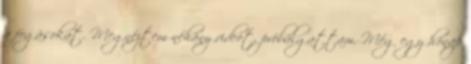
a fogásokat. Megnéztem néhány videót, próbálgattam. Még egy hónap